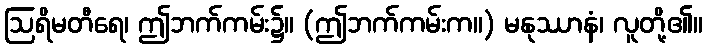
ဩရိမတီရေ၊ ဤဘက်ကမ်း၌။ (ဤဘက်ကမ်းက။) မနုဿာနံ၊ လူတို့၏။